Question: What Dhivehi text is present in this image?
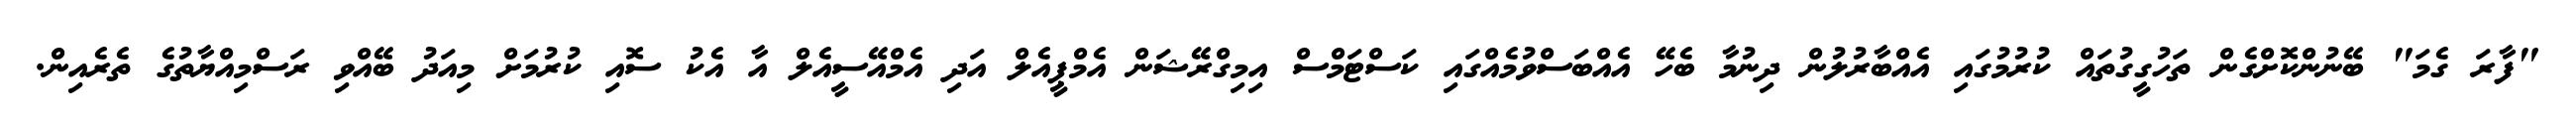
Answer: "ފާރަ ގެމަ" ބޭނުންކޮށްގެން ތަހުގީގުތައް ކުރުމުގައި އެއްބާރުލުން ދިނުމާ ބެހޭ އެއްބަސްވުމެއްގައި ކަސްޓަމްސް އިމިގްރޭޝަން އެމްޕީއެލް އަދި އެމްއޭސީއެލް އާ އެކު ސޮއި ކުރުމަށް މިއަދު ބޭއްވި ރަސްމިއްޔާތުގެ ތެރެއިން.